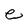
Character: e